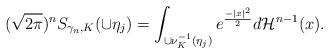
LaTeX: \begin{align*}(\sqrt{2\pi})^n S_{\gamma_n, K}(\cup\eta_j) = \int_{\cup \nu_K^{-1}(\eta_j)} e^\frac{-|x|^2}{2}d\mathcal{H}^{n-1}(x). \end{align*}